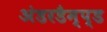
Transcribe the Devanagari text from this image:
अंडरडैम्प्ड